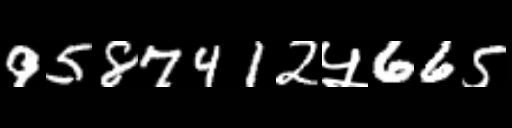
Text: 9587412५665